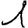
Digit: 1